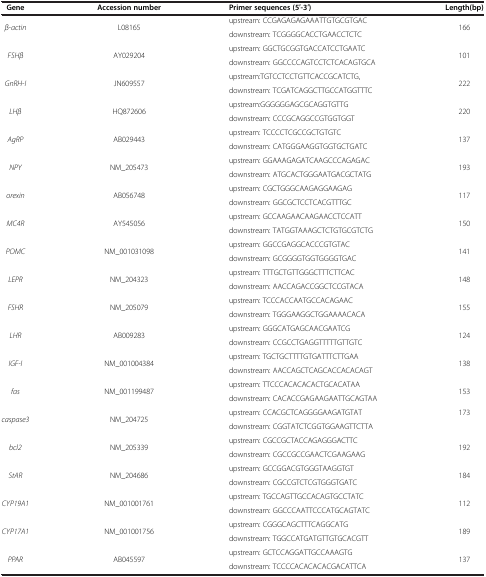
<table><thead><tr><td><b>Gene</b></td><td><b>Accession number</b></td><td><b>Primer sequences (5′-3′)</b></td><td><b>Length(bp)</b></td></tr></thead><tbody><tr><td rowspan="2"><i>β-actin</i></td><td rowspan="2">L08165</td><td>upstream: CCGAGAGAGAAATTGTGCGTGAC</td><td rowspan="2">166</td></tr><tr><td>downstream: TCGGGGCACCTGAACCTCTC</td></tr><tr><td rowspan="2"><i>FSHβ</i></td><td rowspan="2">AY029204</td><td>upstream: GGCTGCGGTGACCATCCTGAATC</td><td rowspan="2">101</td></tr><tr><td>downstream: GGCCCCAGTCCTCTCACAGTGCA</td></tr><tr><td rowspan="2"><i>GnRH-I</i></td><td rowspan="2">JN609557</td><td>upstream:TGTCCTCCTGTTCACCGCATCTG,</td><td rowspan="2">222</td></tr><tr><td>downstream: TCGATCAGGCTTGCCATGGTTTC</td></tr><tr><td rowspan="2"><i>LHβ</i></td><td rowspan="2">HQ872606</td><td>upstream:GGGGGGAGCGCAGGTGTTG</td><td rowspan="2">220</td></tr><tr><td>downstream: CCCGCAGGCCGTGGTGGT</td></tr><tr><td rowspan="2"><i>AgRP</i></td><td rowspan="2">AB029443</td><td>upstream: TCCCCTCGCCGCTGTGTC</td><td rowspan="2">137</td></tr><tr><td>downstream: CATGGGAAGGTGGTGCTGATC</td></tr><tr><td rowspan="2"><i>NPY</i></td><td rowspan="2">NM_205473</td><td>upstream: GGAAAGAGATCAAGCCCAGAGAC</td><td rowspan="2">193</td></tr><tr><td>downstream: ATGCACTGGGAATGACGCTATG</td></tr><tr><td rowspan="2"><i>orexin</i></td><td rowspan="2">AB056748</td><td>upstream: CGCTGGGCAAGAGGAAGAG</td><td rowspan="2">117</td></tr><tr><td>downstream: GGCGCTCCTCACGTTTGC</td></tr><tr><td rowspan="2"><i>MC4R</i></td><td rowspan="2">AY545056</td><td>upstream: GCCAAGAACAAGAACCTCCATT</td><td rowspan="2">150</td></tr><tr><td>downstream: TATGGTAAAGCTCTGTGCGTCTG</td></tr><tr><td rowspan="2"><i>POMC</i></td><td rowspan="2">NM_001031098</td><td>upstream: GGCCGAGGCACCCGTGTAC</td><td rowspan="2">141</td></tr><tr><td>downstream: GCGGGGTGGTGGGGTGAC</td></tr><tr><td rowspan="2"><i>LEPR</i></td><td rowspan="2">NM_204323</td><td>upstream: TTTGCTGTTGGGCTTTCTTCAC</td><td rowspan="2">148</td></tr><tr><td>downstream: AACCAGACCGGCTCCGTACA</td></tr><tr><td rowspan="2"><i>FSHR</i></td><td rowspan="2">NM_205079</td><td>upstream: TCCCACCAATGCCACAGAAC</td><td rowspan="2">155</td></tr><tr><td>downstream: TGGGAAGGCTGGAAAACACA</td></tr><tr><td rowspan="2"><i>LHR</i></td><td rowspan="2">AB009283</td><td>upstream: GGGCATGAGCAACGAATCG</td><td rowspan="2">124</td></tr><tr><td>downstream: CCGCCTGAGGTTTTTGTTGTC</td></tr><tr><td rowspan="2"><i>IGF-I</i></td><td rowspan="2">NM_001004384</td><td>upstream: TGCTGCTTTTGTGATTTCTTGAA</td><td rowspan="2">138</td></tr><tr><td>downstream: AACCAGCTCAGCACCACACAGT</td></tr><tr><td rowspan="2"><i>fas</i></td><td rowspan="2">NM_001199487</td><td>upstream: TTCCCACACACACTGCACATAA</td><td rowspan="2">153</td></tr><tr><td>downstream: CACACCGAGAAGAATTGCAGTAA</td></tr><tr><td rowspan="2"><i>caspase3</i></td><td rowspan="2">NM_204725</td><td>upstream: CCACGCTCAGGGGAAGATGTAT</td><td>173</td></tr><tr><td>downstream: CGGTATCTCGGTGGAAGTTCTTA</td><td> </td></tr><tr><td rowspan="2"><i>bcl2</i></td><td rowspan="2">NM_205339</td><td>upstream: CGCCGCTACCAGAGGGACTTC</td><td rowspan="2">192</td></tr><tr><td>downstream: CGCCGCCGAACTCGAAGAAG</td></tr><tr><td rowspan="2"><i>StAR</i></td><td rowspan="2">NM_204686</td><td>upstream: GCCGGACGTGGGTAAGGTGT</td><td rowspan="2">184</td></tr><tr><td>downstream: CGCCGTCTCGTGGGTGATC</td></tr><tr><td rowspan="2"><i>CYP19A1</i></td><td rowspan="2">NM_001001761</td><td>upstream: TGCCAGTTGCCACAGTGCCTATC</td><td rowspan="2">112</td></tr><tr><td>downstream: GGCCCAATTCCCATGCAGTATC</td></tr><tr><td rowspan="2"><i>CYP17A1</i></td><td rowspan="2">NM_001001756</td><td>upstream: CGGGCAGCTTTCAGGCATG</td><td rowspan="2">189</td></tr><tr><td>downstream: TGGCCATGATGTTGTGCACGTT</td></tr><tr><td><i>PPAR</i></td><td>AB045597</td><td>upstream: GCTCCAGGATTGCCAAAGTG</td><td>137</td></tr><tr><td> </td><td> </td><td>downstream: TCCCCACACACACGACATTCA</td><td> </td></tr></tbody></table>